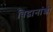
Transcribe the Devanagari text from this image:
विद्वानांशी